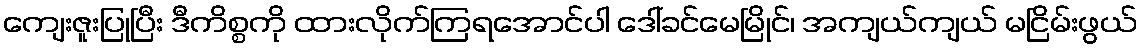
ကျေးဇူးပြုပြီး ဒီကိစ္စကို ထားလိုက်ကြရအောင်ပါ ဒေါ်ခင်မေမြိုင်၊ အကျယ်ကျယ် မငြိမ်းဖွယ်